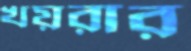
খয়রার